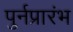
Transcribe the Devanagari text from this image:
पुर्नप्रारंभ